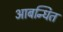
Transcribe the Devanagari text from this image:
आबन्धित